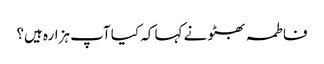
فاطمہ بھٹو نے کہا کہ کیا آپ ہزارہ ہیں؟